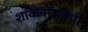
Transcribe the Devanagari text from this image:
शांकवांसंबंधी